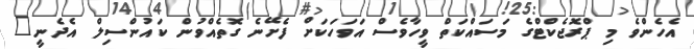
އެހެންވެ މި ޕްރޮޖެކްޓްގެ މަސައްކަތް ވީހާވެސް އަވަހަކަށް ފެށޭނެ ގޮތެއްވުން ކައުންސިލް އެދެނީ"